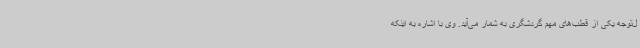
ل‌توجه یکی از قطب‌های مهم گردشگری به شمار می‌آید. وی با اشاره به اینکه